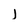
Character: l